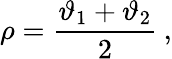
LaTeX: \rho=\displaystyle\frac{\vartheta_{1}+\vartheta_{2}}{2}\: ,